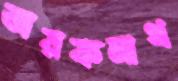
তারকনাথ